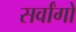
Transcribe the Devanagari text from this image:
सर्वांगों